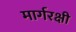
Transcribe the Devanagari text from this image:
मार्गरक्षी